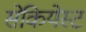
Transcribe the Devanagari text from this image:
सेकियेस्ट